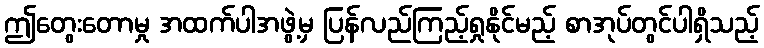
ဤတွေးတောမှု အထက်ပါအဖွဲ့မှ ပြန်လည်ကြည့်ရှုနိုင်မည့် စာအုပ်တွင်ပါရှိသည့်